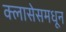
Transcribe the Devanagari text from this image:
क्लासेसमधून